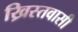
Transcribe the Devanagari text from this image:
ख्रिस्तवासी